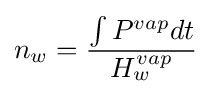
n_{w}={\frac {\int {P^{vap}dt}}{H_{w}^{vap}}}